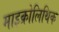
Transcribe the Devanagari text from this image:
माइक्रोलिथिक